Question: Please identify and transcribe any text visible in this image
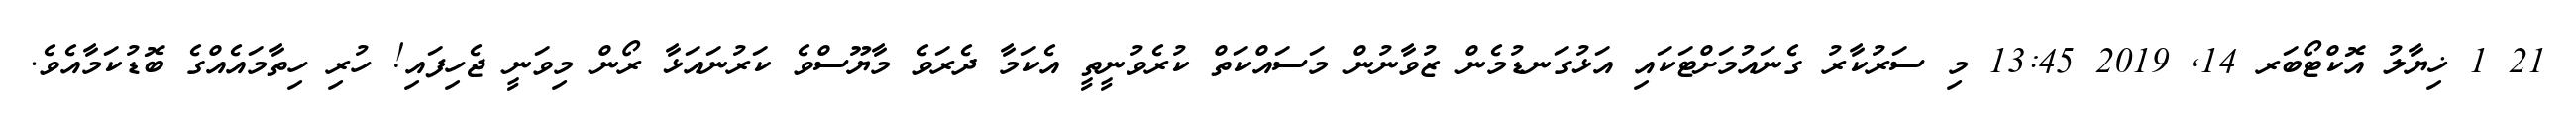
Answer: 21 1 ޚިޔާލު އޮކްޓޯބަރ 14, 2019 13:45 މި ސަރުކާރު ގެނައުމަށްޓަކައި އަޅުގަނޑުމެން ޒުވާނުން މަސައްކަތް ކުރެވުނީތީ އެކަމާ ދެރަވެ މާޔޫސްވެ ކަރުނައަޅާ ރޯން މިވަނީ ޖެހިފައި! ހުރި ހިތާމައެއްގެ ބޮޑުކަމާއެވެ.